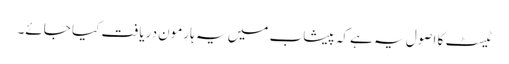
ٹیسٹ کا اصول یہ ہے کہ پیشاب میں یہ ہارمون دریافت کیا جائے۔